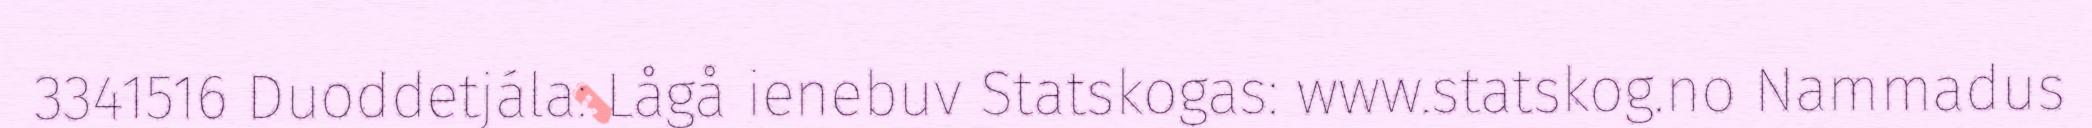
3341516 Duoddetjála: Lågå ienebuv Statskogas: www.statskog.no Nammadus